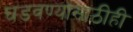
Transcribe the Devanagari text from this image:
घडवण्यासाठीही